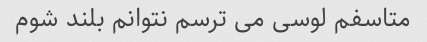
متاسفم لوسی می ترسم نتوانم بلند شوم